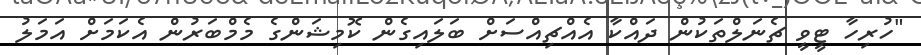
"ހުރިހާ ޓީވީ ޗެނަލްތަކުން ދައްކާ އެއްޗިއްސަށް ބަލައިގެން ކޮމިޝަންގެ މެމްބަރުން އެކަމަށް އަމަލު